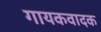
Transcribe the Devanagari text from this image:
गायकवादक